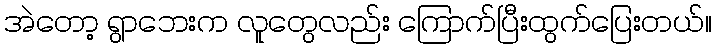
အဲတော့ ရွာဘေးက လူတွေလည်း ကြောက်ပြီးထွက်ပြေးတယ်။